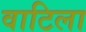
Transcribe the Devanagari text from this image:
वाटिला